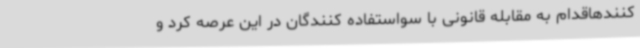
کنندهاقدام به مقابله قانونی با سواستفاده کنندگان در این عرصه کرد و